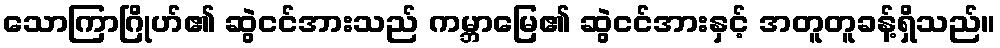
သောကြာဂြိုဟ်၏ ဆွဲငင်အားသည် ကမ္ဘာမြေ၏ ဆွဲငင်အားနှင့် အတူတူခန့်ရှိသည်။